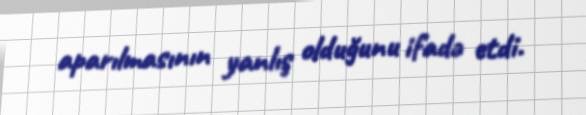
aparılmasının yanlış olduğunu ifadə etdi.